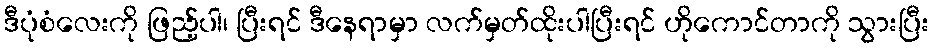
ဒီပုံစံလေးကို ဖြည့်ပါ၊ ပြီးရင် ဒီနေရာမှာ လက်မှတ်ထိုးပါပြီးရင် ဟိုကောင်တာကို သွားပြီး